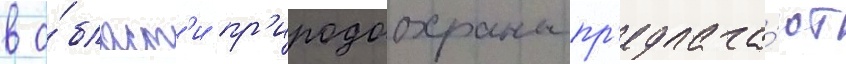
в о́бласт'и пр'иродоохраны пр'едлага́ют